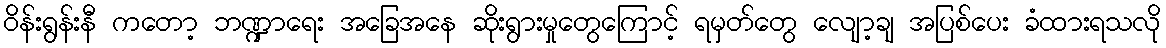
ဝိန်းရွန်းနီ ကတော့ ဘဏ္ဍာရေး အခြေအနေ ဆိုးရွားမှုတွေကြောင့် ရမှတ်တွေ လျော့ချ အပြစ်ပေး ခံထားရသလို